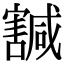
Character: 𡫴